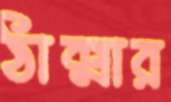
ঠাক্মার